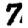
Digit: 7